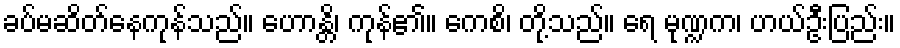
ခပ်မဆိတ်နေကုန်သည်။ ဟောန္တိ၊ ကုန်၏။ ကေစိ၊ တို့သည်။ ရေ မုဏ္ဍက၊ ဟယ်ဦးပြည်း။